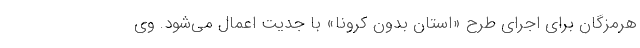
هرمزگان برای اجرای طرح «استان بدون کرونا» با جدیت اعمال می‌شود. وی